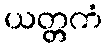
ယတ္တကံ